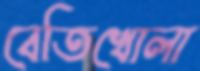
বেতিখোলা